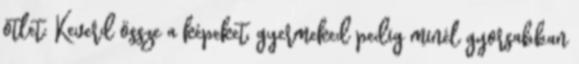
ötlet: Keverd össze a képeket, gyermeked pedig minél gyorsabban